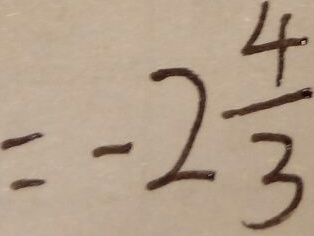
= - 2 \frac { 4 } { 3 }